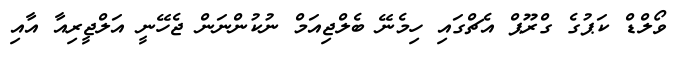
ވޯލްޑް ކަޕުގެ ގްރޫޕް އެޗްގައި ހިމެނޭ ބެލްޖިއަމް ނުކުންނަން ޖެހޭނީ އަލްޖީރިއާ އާއި